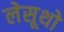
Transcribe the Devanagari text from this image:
लेसूथो